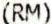
(RM)